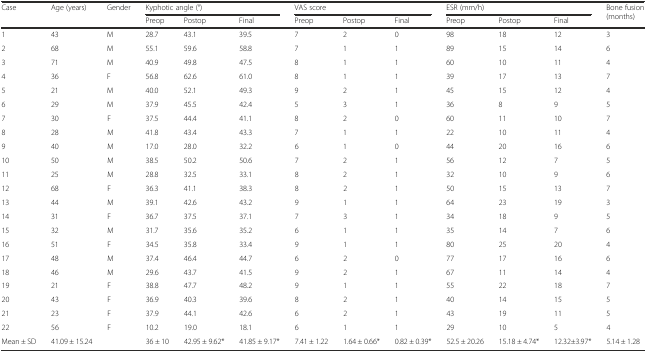
<table><thead><tr><td rowspan="2"><b>Case</b></td><td rowspan="2"><b>Age (years)</b></td><td rowspan="2"><b>Gender</b></td><td colspan="3"><b>Kyphotic angle (°)</b></td><td colspan="3"><b>VAS score</b></td><td colspan="3"><b>ESR (mm/h)</b></td><td rowspan="2"><b>Bone fusion(months)</b></td></tr><tr><td><b>Preop</b></td><td><b>Postop</b></td><td><b>Final</b></td><td><b>Preop</b></td><td><b>Postop</b></td><td><b>Final</b></td><td><b>Preop</b></td><td><b>Postop</b></td><td><b>Final</b></td></tr></thead><tbody><tr><td>1</td><td>43</td><td>M</td><td>28.7</td><td>43.1</td><td>39.5</td><td>7</td><td>2</td><td>0</td><td>98</td><td>18</td><td>12</td><td>3</td></tr><tr><td>2</td><td>68</td><td>M</td><td>55.1</td><td>59.6</td><td>58.8</td><td>7</td><td>1</td><td>1</td><td>89</td><td>15</td><td>14</td><td>6</td></tr><tr><td>3</td><td>71</td><td>M</td><td>40.9</td><td>49.8</td><td>47.5</td><td>8</td><td>1</td><td>1</td><td>60</td><td>10</td><td>11</td><td>4</td></tr><tr><td>4</td><td>36</td><td>F</td><td>56.8</td><td>62.6</td><td>61.0</td><td>8</td><td>1</td><td>1</td><td>39</td><td>17</td><td>13</td><td>7</td></tr><tr><td>5</td><td>21</td><td>M</td><td>40.0</td><td>52.1</td><td>49.3</td><td>9</td><td>2</td><td>1</td><td>45</td><td>15</td><td>12</td><td>4</td></tr><tr><td>6</td><td>29</td><td>M</td><td>37.9</td><td>45.5</td><td>42.4</td><td>5</td><td>3</td><td>1</td><td>36</td><td>8</td><td>9</td><td>5</td></tr><tr><td>7</td><td>30</td><td>F</td><td>37.5</td><td>44.4</td><td>41.1</td><td>8</td><td>2</td><td>0</td><td>60</td><td>11</td><td>10</td><td>7</td></tr><tr><td>8</td><td>28</td><td>M</td><td>41.8</td><td>43.4</td><td>43.3</td><td>7</td><td>1</td><td>1</td><td>22</td><td>10</td><td>11</td><td>4</td></tr><tr><td>9</td><td>40</td><td>M</td><td>17.0</td><td>28.0</td><td>32.2</td><td>6</td><td>1</td><td>0</td><td>44</td><td>20</td><td>16</td><td>6</td></tr><tr><td>10</td><td>50</td><td>M</td><td>38.5</td><td>50.2</td><td>50.6</td><td>7</td><td>2</td><td>1</td><td>56</td><td>12</td><td>7</td><td>5</td></tr><tr><td>11</td><td>25</td><td>M</td><td>28.8</td><td>32.5</td><td>33.1</td><td>8</td><td>2</td><td>1</td><td>32</td><td>10</td><td>9</td><td>6</td></tr><tr><td>12</td><td>68</td><td>F</td><td>36.3</td><td>41.1</td><td>38.3</td><td>8</td><td>2</td><td>1</td><td>50</td><td>15</td><td>13</td><td>7</td></tr><tr><td>13</td><td>44</td><td>M</td><td>39.1</td><td>42.6</td><td>43.2</td><td>9</td><td>1</td><td>1</td><td>64</td><td>23</td><td>19</td><td>3</td></tr><tr><td>14</td><td>31</td><td>F</td><td>36.7</td><td>37.5</td><td>37.1</td><td>7</td><td>3</td><td>1</td><td>34</td><td>18</td><td>9</td><td>5</td></tr><tr><td>15</td><td>32</td><td>M</td><td>31.7</td><td>35.6</td><td>35.2</td><td>6</td><td>1</td><td>1</td><td>35</td><td>14</td><td>7</td><td>6</td></tr><tr><td>16</td><td>51</td><td>F</td><td>34.5</td><td>35.8</td><td>33.4</td><td>9</td><td>1</td><td>1</td><td>80</td><td>25</td><td>20</td><td>4</td></tr><tr><td>17</td><td>48</td><td>M</td><td>37.4</td><td>46.4</td><td>44.7</td><td>6</td><td>2</td><td>0</td><td>77</td><td>17</td><td>16</td><td>6</td></tr><tr><td>18</td><td>46</td><td>M</td><td>29.6</td><td>43.7</td><td>41.5</td><td>9</td><td>2</td><td>1</td><td>67</td><td>11</td><td>14</td><td>4</td></tr><tr><td>19</td><td>21</td><td>F</td><td>38.8</td><td>47.7</td><td>48.2</td><td>9</td><td>1</td><td>1</td><td>55</td><td>22</td><td>18</td><td>7</td></tr><tr><td>20</td><td>43</td><td>F</td><td>36.9</td><td>40.3</td><td>39.6</td><td>8</td><td>2</td><td>1</td><td>40</td><td>14</td><td>15</td><td>5</td></tr><tr><td>21</td><td>23</td><td>F</td><td>37.9</td><td>44.1</td><td>42.6</td><td>6</td><td>2</td><td>1</td><td>43</td><td>19</td><td>11</td><td>5</td></tr><tr><td>22</td><td>56</td><td>F</td><td>10.2</td><td>19.0</td><td>18.1</td><td>6</td><td>1</td><td>1</td><td>29</td><td>10</td><td>5</td><td>4</td></tr><tr><td>Mean ± SD</td><td>41.09 ± 15.24</td><td></td><td>36 ± 10</td><td>42.95 ± 9.62*</td><td>41.85 ± 9.17*</td><td>7.41 ± 1.22</td><td>1.64 ± 0.66*</td><td>0.82 ± 0.39*</td><td>52.5 ± 20.26</td><td>15.18 ± 4.74*</td><td>12.32±3.97*</td><td>5.14 ± 1.28</td></tr></tbody></table>